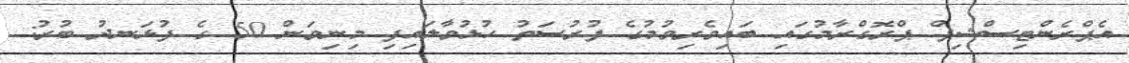
އެޕްރެންޓިސްޝިޕް ޕްރޮގްރާމުގައި ބައިވެރިވުމުގެ ފުރުސަތު ހުޅުވާލައިފި މިނިވަން 50 ގެ ފުޅަނދު ބުރު: